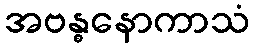
အဗန္ဓနောကာသံ